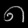
Digit: ၈